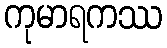
ကုမာရကဿ